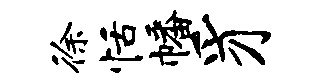
徐恬幡豸